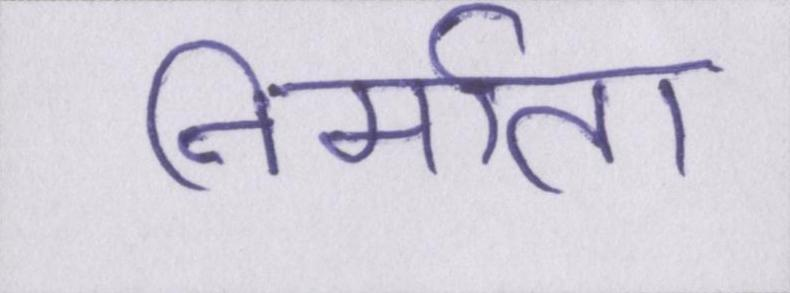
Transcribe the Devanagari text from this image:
निर्माता